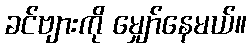
ခင်ဗျားကို မျှော်နေမယ်။